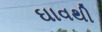
ઘાવથી